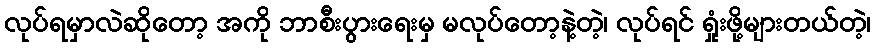
လုပ်ရမှာလဲဆိုတော့ အကို ဘာစီးပွားရေးမှ မလုပ်တော့နဲ့တဲ့၊ လုပ်ရင် ရှုံးဖို့များတယ်တဲ့၊